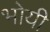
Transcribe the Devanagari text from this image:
भोयी